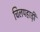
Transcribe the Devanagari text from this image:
चिलपहाड़ी